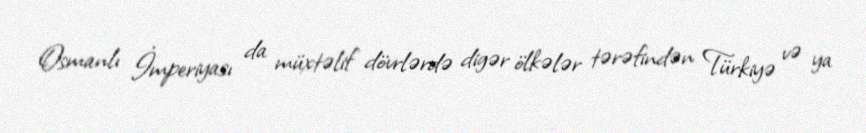
Osmanlı İmperiyası da müxtəlif dövrlərdə digər ölkələr tərəfindən Türkiyə və ya